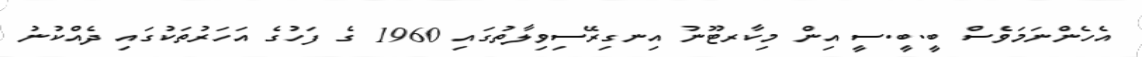
އެހެންނަމަވެސް ބީ.ބީ.ސީ އިން މިކާރޓޫނު އިނގިރޭސިވިލާތުގައި 1960 ގެ ފަހުގެ އަހަރުތަކުގައި ދެއްކުނު